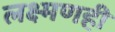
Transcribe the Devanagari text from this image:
लक्ष्मणही